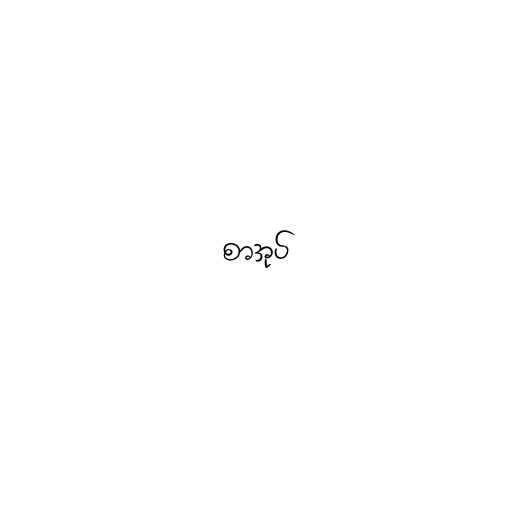
စာအုပ်